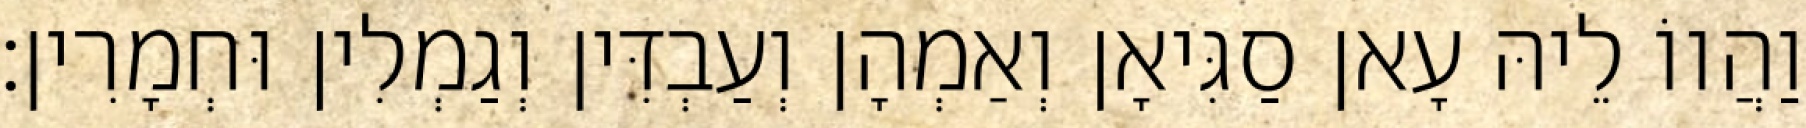
וַהֲווֹ לֵיהּ עָאן סַגִּיאָן וְאַמְהָן וְעַבְדִּין וְגַמְלִין וּחְמָרִין׃